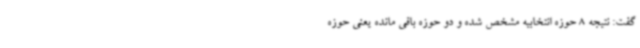
گفت: نتیجه 8 حوزه انتخابیه مشخص شده و دو حوزه باقی مانده یعنی حوزه